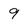
Character: 9